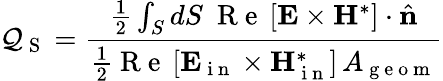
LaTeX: \mathcal{Q}_{\mathrm{{~S~}}}=\frac{{\frac{{1}}{{2}}\int_{S}dS~\mathrm{{~R~e~}}\left[\boldsymbol{\mathbf{{E}}}\times\boldsymbol{\mathbf{{H}}}^{*}\right]\cdot\hat{{\mathbf{{n}}}}}}{{\frac{{1}}{{2}}\mathrm{{~R~e~}}\left[\boldsymbol{\mathbf{{E}}}_{\mathrm{{~i~n~}}}\times\boldsymbol{\mathbf{{H}}}_{\mathrm{{~i~n~}}}^{*}\right]\, A_{\mathrm{{~g~e~o~m~}}}}}